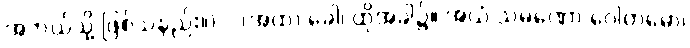
အဘယ်သို့ ဖြစ်သနည်း။) “ (အထ) ခေါ၊ ထိုအခါ၌။ အယံ သမဏော ဂေါတမော၊